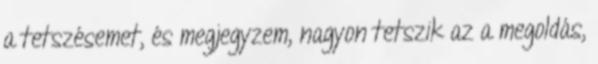
a tetszésemet, és megjegyzem, nagyon tetszik az a megoldás,